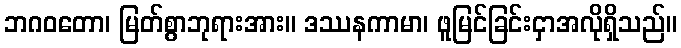
ဘဂဝတော၊ မြတ်စွာဘုရားအား။ ဒဿနကာမာ၊ ဖူမြင်ခြင်းငှာအလိုရှိသည်။